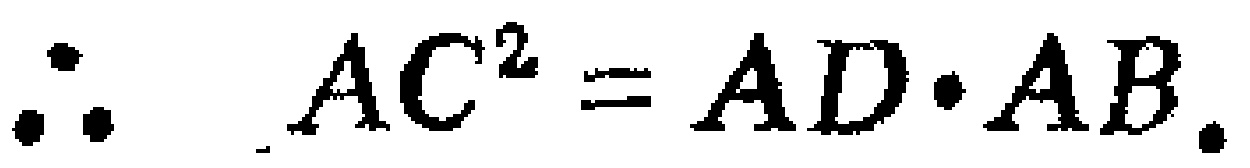
\(\therefore\ AC^{2}=AD\cdot AB.\)